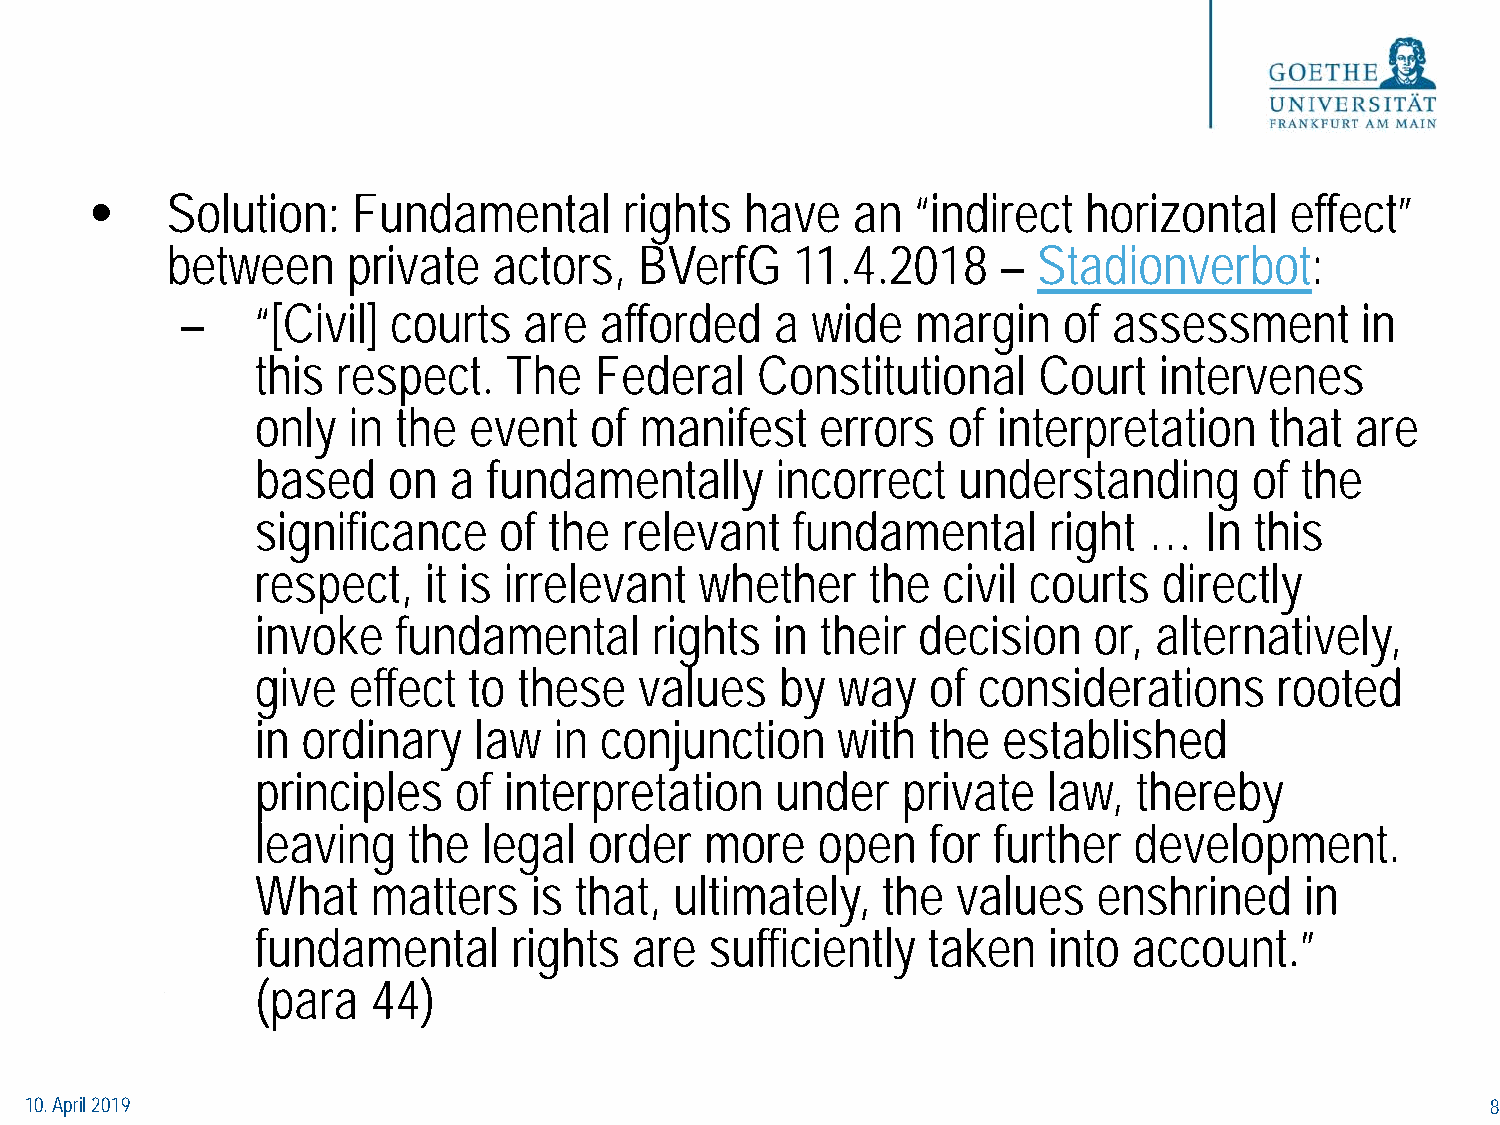
•    Solution:   Fundamental       rights  have   an   “indirect  horizontal   effect”
 between     private   actors,  BVerfG     11.4.2018    –  Stadionverbot:
 –    “[Civil] courts   are  afforded   a  wide   margin   of  assessment      in
 this respect.   The   Federal    Constitutional     Court   intervenes
 only  in the  event   of manifest    errors   of interpretation    that  are
 based    on  a fundamentally      incorrect   understanding       of the
 significance    of the  relevant   fundamental      right  …   In this
 respect,   it is irrelevant  whether     the civil courts   directly
 invoke   fundamental      rights  in their  decision   or, alternatively,
 give  effect  to these   values    by way    of considerations      rooted
 in ordinary   law   in conjunction    with  the  established
 principles   of interpretation    under    private  law,  thereby
 leaving   the  legal  order   more   open    for further  development.
 What    matters   is that,  ultimately,  the  values    enshrined    in
 fundamental      rights  are  sufficiently  taken   into  account.”
 (para   44)
 10. April 2019                                                                                   8